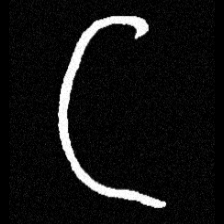
Pyu character \u2014 Myanmar letter: ဋ (romanized: tta)